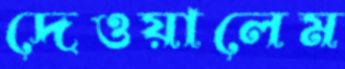
দেওয়ালেম